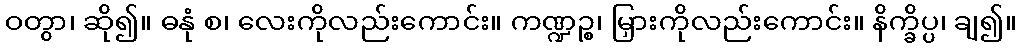
ဝတွာ၊ ဆို၍။ ဓနုံ စ၊ လေးကိုလည်းကောင်း။ ကဏ္ဍဉ္စ၊ မြှားကိုလည်းကောင်း။ နိက္ခိပ္ပ၊ ချ၍။